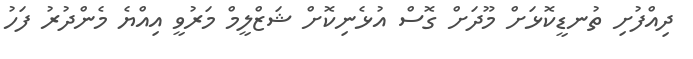
ދިއްފުށި ތުނޑީކޮޅަށް މޫދަށް ގޮސް އުޅެނިކޮށް ޝަޒްލީމް މަރުވީ އިއްޔެ މެންދުރު ފަހު